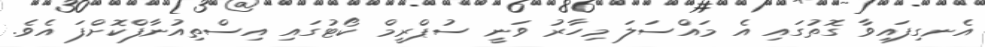
އެނގިފައިވާ ގޮތުގައި އެ މައްސަލަ މިހާރު ވަނީ ސުޕްރީމް ކޯޓުގައި އިސްތިއުނާފްކޮށްފަ އެވެ.